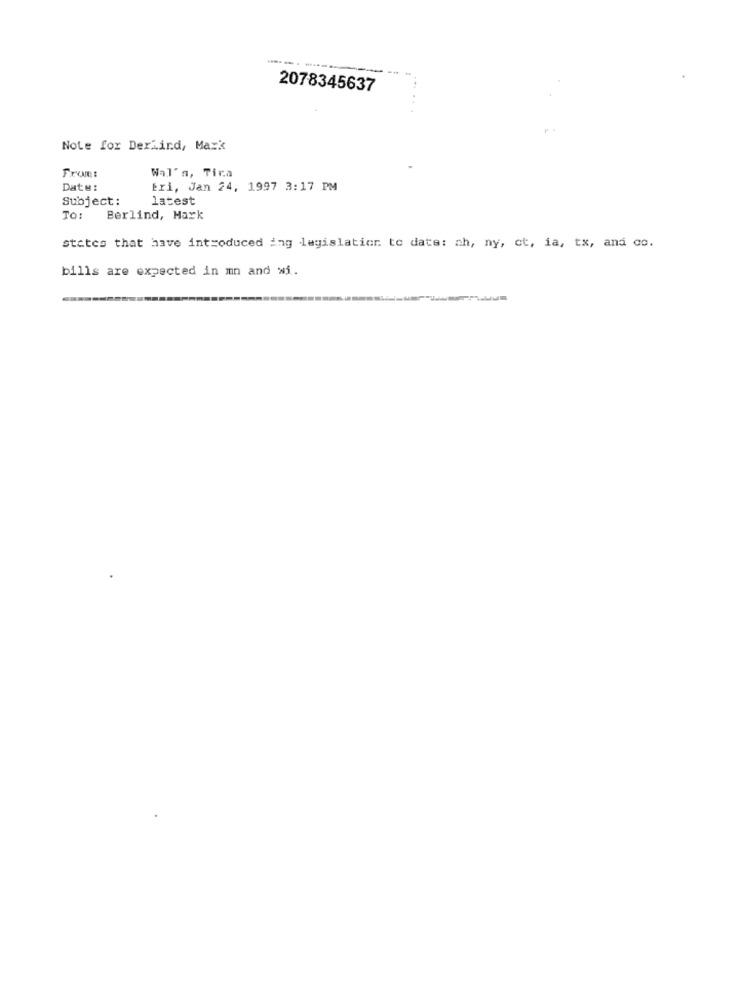
2078345637
Note for DerLind, Mark
From:
Wal's, Tira
Date:
Eri, Jan 24, 1997 3:17 PM
Subject:
latest
To: Berlind, Mark
states that have introduced ing legislation to date: ah, ny, ct, ia, tx, and co.
bills are expected in mn and wi.